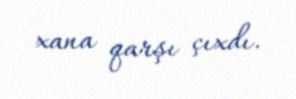
xana qarşı çıxdı.